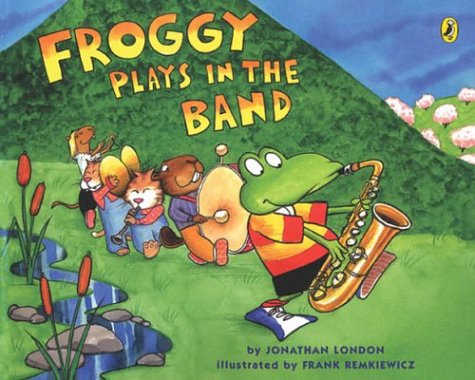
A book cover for Froggy Plays in the Band; Jonathan London; Children's Books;